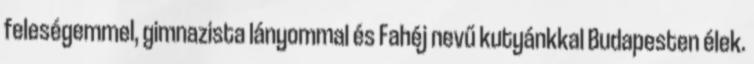
feleségemmel, gimnazista lányommal és Fahéj nevű kutyánkkal Budapesten élek.